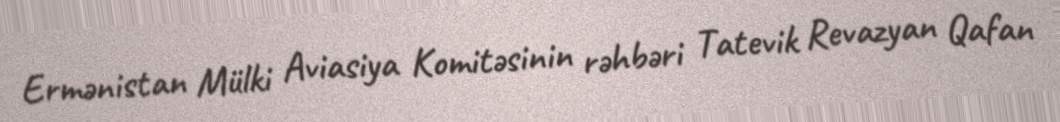
Ermənistan Mülki Aviasiya Komitəsinin rəhbəri Tatevik Revazyan Qafan